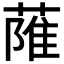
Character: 𦶏